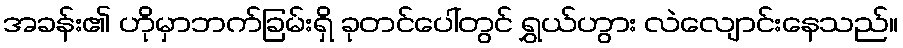
အခန်း၏ ဟိုမှာဘက်ခြမ်းရှိ ခုတင်ပေါ်တွင် ရွှယ်ဟွား လဲလျောင်းနေသည်။